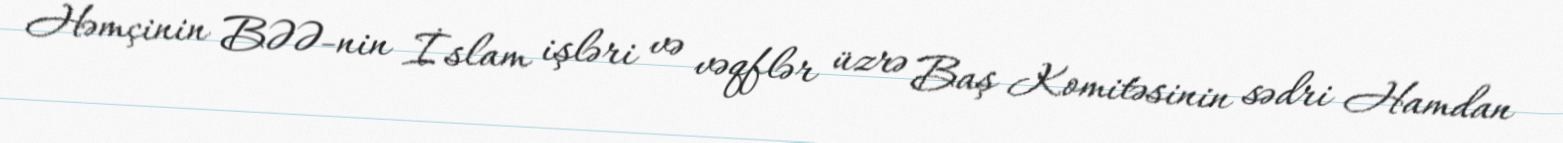
Həmçinin BƏƏ-nin İslam işləri və vəqflər üzrə Baş Komitəsinin sədri Hamdan